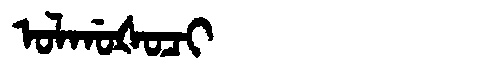
Manchu: ᠣᠯᡤᠣᡧᠣᠴᡳ
Romanization: OLGOŠOCI